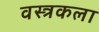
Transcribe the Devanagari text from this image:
वस्त्रकला